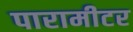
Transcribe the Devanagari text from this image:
पारामीटर